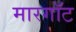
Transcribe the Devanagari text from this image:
मारगॉट